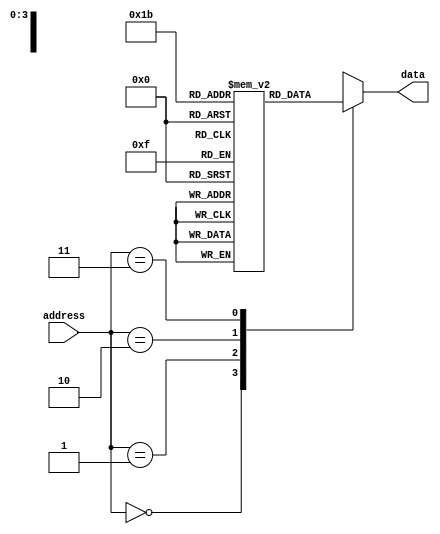
module ROM (
    input [1:0] address,
    output reg [7:0] data
);

reg [7:0] rom [0:3];

initial begin
    // Initialize ROM data
    rom[0] = 8'b00000001;
    rom[1] = 8'b00000010;
    rom[2] = 8'b00000100;
    rom[3] = 8'b00001000;
end

always @(*)
begin
    case(address)
        2'b00: data = rom[0];
        2'b01: data = rom[1];
        2'b10: data = rom[2];
        2'b11: data = rom[3];
        default: data = 8'b00000000;
    endcase
end

endmodule